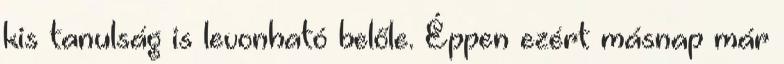
kis tanulság is levonható belőle. Éppen ezért másnap már